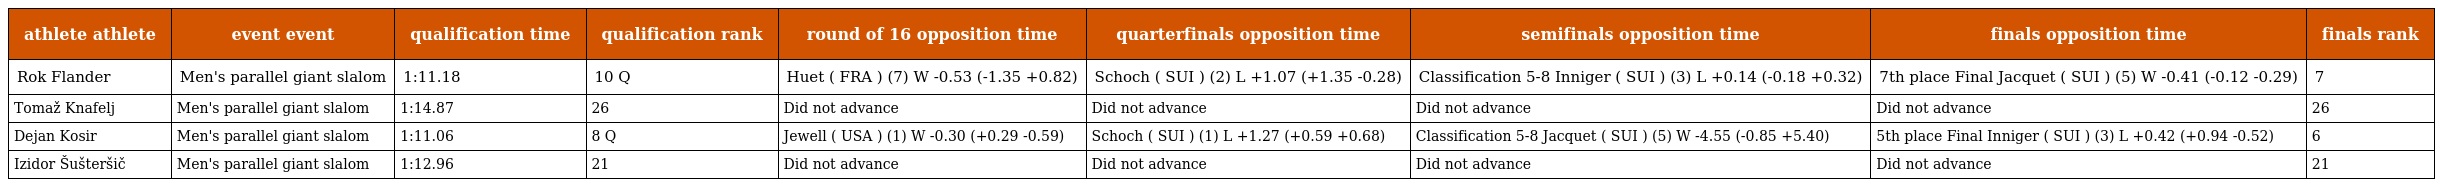
| athlete athlete | event event | qualification time | qualification rank | round of 16 opposition time | quarterfinals opposition time | semifinals opposition time | finals opposition time | finals rank |
 | --- | --- | --- | --- | --- | --- | --- | --- | --- |
 | Rok Flander | Men's parallel giant slalom | 1:11.18 | 10 Q | Huet ( FRA ) (7) W -0.53 (-1.35 +0.82) | Schoch ( SUI ) (2) L +1.07 (+1.35 -0.28) | Classification 5-8 Inniger ( SUI ) (3) L +0.14 (-0.18 +0.32) | 7th place Final Jacquet ( SUI ) (5) W -0.41 (-0.12 -0.29) | 7 |
 | Tomaž Knafelj | Men's parallel giant slalom | 1:14.87 | 26 | Did not advance | Did not advance | Did not advance | Did not advance | 26 |
 | Dejan Kosir | Men's parallel giant slalom | 1:11.06 | 8 Q | Jewell ( USA ) (1) W -0.30 (+0.29 -0.59) | Schoch ( SUI ) (1) L +1.27 (+0.59 +0.68) | Classification 5-8 Jacquet ( SUI ) (5) W -4.55 (-0.85 +5.40) | 5th place Final Inniger ( SUI ) (3) L +0.42 (+0.94 -0.52) | 6 |
 | Izidor Šušteršič | Men's parallel giant slalom | 1:12.96 | 21 | Did not advance | Did not advance | Did not advance | Did not advance | 21 |